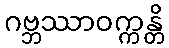
ဂဗ္ဘဿာဝက္ကန္တိ